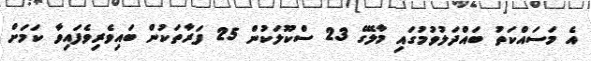
އެ މަސައްކަތު ބައްދަލުވުމުގައި މާލޭގެ 23 ސްކޫލަކުން 25 ފަރާތަކުން ބައިވެރިވެފައިވާ ކަމަށް